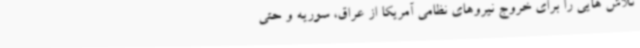
تلاش هایی را برای خروج نیروهای نظامی آمریکا از عراق، سوریه و حتی